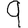
Digit: 9